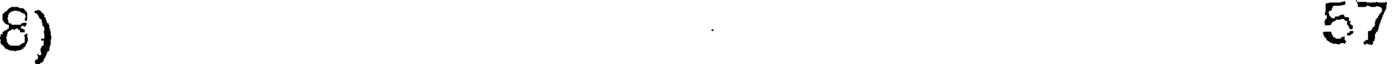
8) 57